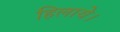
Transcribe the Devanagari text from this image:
हिलाये।